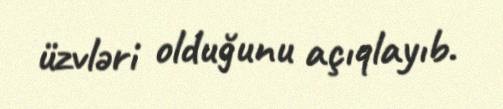
üzvləri olduğunu açıqlayıb.